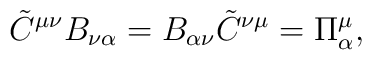
\tilde{C}^{\mu\nu}B_{\nu\alpha}=B_{\alpha\nu}\tilde{C}^{\nu\mu}=  \Pi^\mu_\alpha,